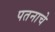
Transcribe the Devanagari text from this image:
पतनाचे